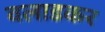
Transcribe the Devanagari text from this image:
वलाडकर